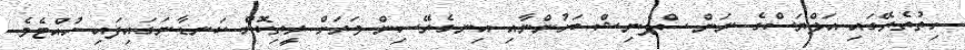
ހިތުތެރޭގައި އަލްޔަސްގެ ނަން ސްޕެނިޝް ބަހުންނާއި އިނގެރޭސިން ވަރަށް ރީތިކޮށް ކަނޑާނަގައިފައި ހުއްޓެވެ.